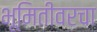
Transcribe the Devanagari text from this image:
भूमितीवरचा